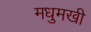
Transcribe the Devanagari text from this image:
मधुमखी